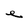
Character: e